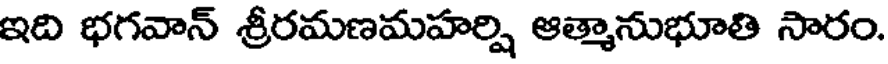
ఇది భగవాన్ శ్రీరమణమహర్షి ఆత్మానుభూతి సారం.